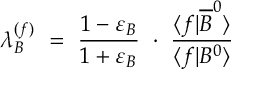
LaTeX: \lambda _ { B } ^ { ( f ) } \ = \ \frac { 1 - \varepsilon _ { B } } { 1 + \varepsilon _ { B } } \ \cdot \ \frac { \langle f | \overline { { B } } ^ { 0 } \rangle } { \langle f | B ^ { 0 } \rangle }